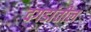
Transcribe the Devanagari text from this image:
दगडांतील